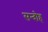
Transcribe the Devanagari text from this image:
सन्दोह